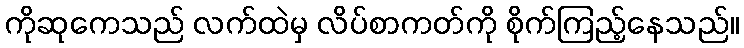
ကိုဆုကေသည် လက်ထဲမှ လိပ်စာကတ်ကို စိုက်ကြည့်နေသည်။